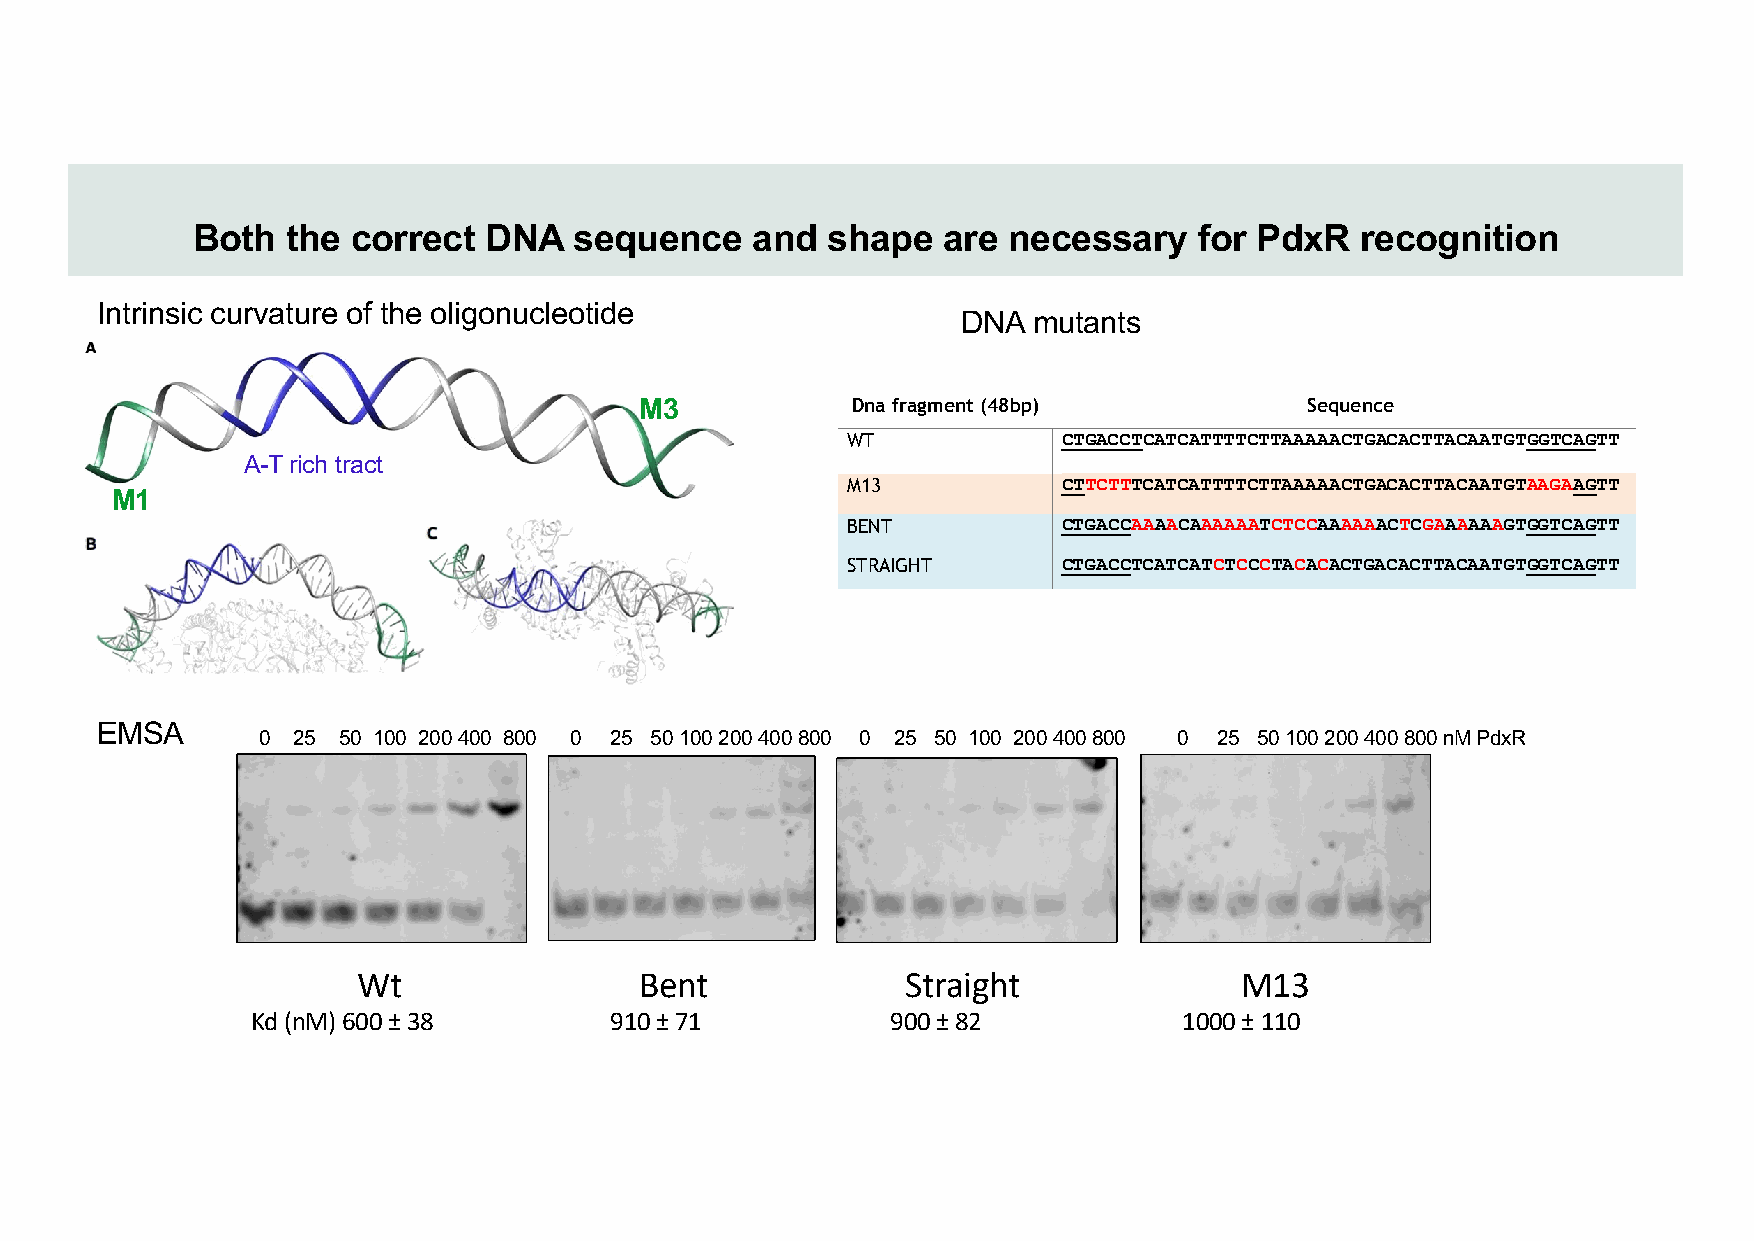
Both  the correct  DNA   sequence    and  shape  are  necessary   for PdxR   recognition
 Intrinsic curvature of the oligonucleotide
 DNA mutants
 M3            Dna fragment (48bp)            Sequence
 WT
 CTGACCTCATCATTTTCTTAAAAACTGACACTTACAATGTGGTCAGTT
 A-T rich tract
 M13
 CTTCTTTCATCATTTTCTTAAAAACTGACACTTACAATGTAAGAAGTT
 M1
 BENT
 CTGACCAAAACAAAAAATCTCCAAAAAACTCGAAAAAAGTGGTCAGTT
 STRAIGHT
 CTGACCTCATCATCTCCCTACACACTGACACTTACAATGTGGTCAGTT
 EMSA
 0 25 50 100 200 400 800 0 25 50 100 200 400 800 0 25 50 100 200 400 800 0 25 50 100200 400 800 nM PdxR
 Wt                Bent              Straight              M13
 Kd(nM) 600 ±38         910 ±71            900 ±82            1000 ±110